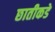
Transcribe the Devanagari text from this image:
छातीकडे